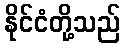
နိုင်ငံတို့သည်